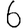
Digit: 6